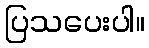
ပြသပေးပါ။